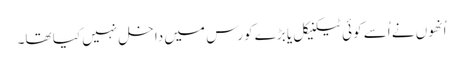
اُنھوں نے اُسے کوئی ٹیکنیکل یا بڑے کورس میں داخل نہیں کیا تھا۔